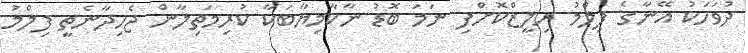
ދުވަހަކު އޭނާގެ ފިލްމު ރިލީޒްކޮށްފި ނަމަ ބޮޑު ނާކާމިޔާބަކާ ކުރިމަތިލާން ޖެހިދާނެތީ ފިލްމު